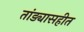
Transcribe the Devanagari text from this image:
तांड्यासहीत